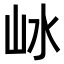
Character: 𡵰